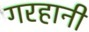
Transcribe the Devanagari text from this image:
गरहानी